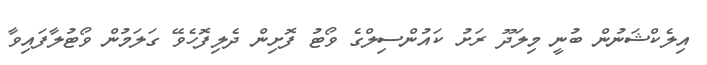
އިލެކްޝަނުން ބުނީ މިލަދޫ ރަށު ކައުންސިލްގެ ވޯޓު ފޮށިން ދެލިފޮހެވޭ ގަލަމުން ވޯޓުލާފައިވާ